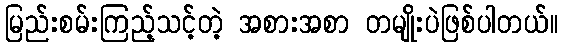
မြည်းစမ်းကြည့်သင့်တဲ့ အစားအစာ တမျိုးပဲဖြစ်ပါတယ်။